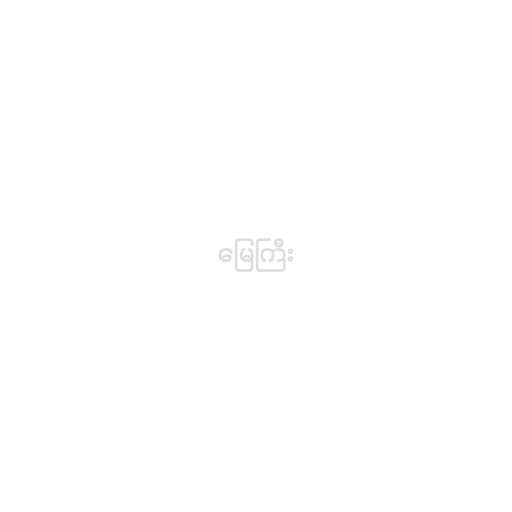
မြေကြီး